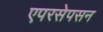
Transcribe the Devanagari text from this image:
एपरसेपसन